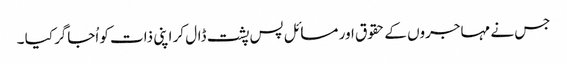
جس نے مہاجروں کے حقوق اور مسائل پس پشت ڈال کر اپنی ذات کو اُجاگر کیا ۔